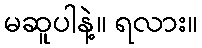
မဆူပါနဲ့။ ရလား။